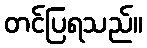
တင်ပြရသည်။